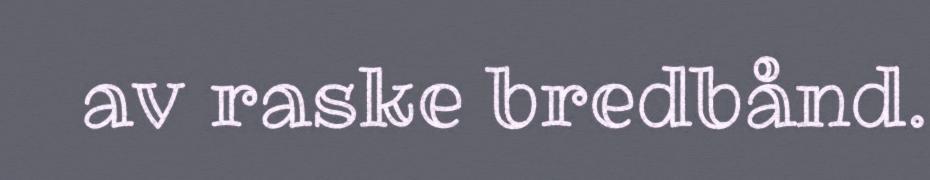
av raske bredbånd.